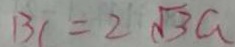
B C = 2 \sqrt { 3 } a